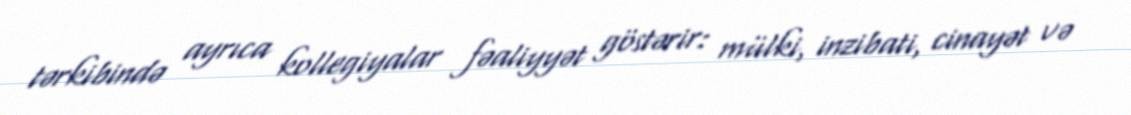
tərkibində ayrıca kollegiyalar fəaliyyət göstərir: mülki, inzibati, cinayət və